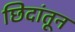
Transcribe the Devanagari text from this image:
छिदांतून